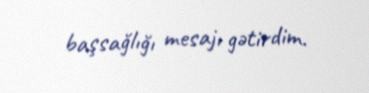
başsağlığı mesajı gətirdim.